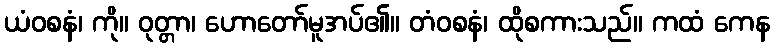
ယံဝစနံ၊ ကို။ ဝုတ္တာ၊ ဟောတော်မူအပ်၏။ တံဝစနံ၊ ထိုစကားသည်။ ကထံ ကေန